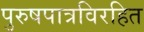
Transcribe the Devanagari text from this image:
पुरुषपात्रविरहित